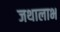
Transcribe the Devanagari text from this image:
जथालाभ